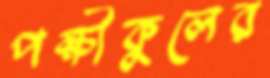
পক্ষীকুলের